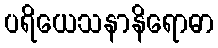
ပရိယေသနာနိရောဓာ